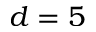
d = 5